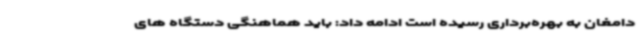
دامغان به بهره‌برداری رسیده است ادامه داد: باید هماهنگی دستگاه های